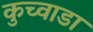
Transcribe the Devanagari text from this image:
कुच्वाडा